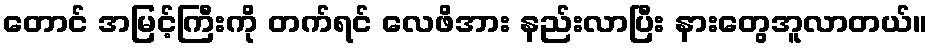
တောင် အမြင့်ကြီးကို တက်ရင် လေဖိအား နည်းလာပြီး နားတွေအူလာတယ်။